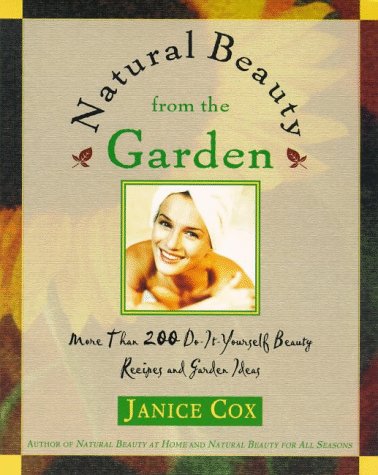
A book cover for Natural Beauty From The Garden: More Than 200 Do-It-Yourself Beauty Recipes & Garden Ideas; Janice Cox; Health, Fitness & Dieting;